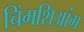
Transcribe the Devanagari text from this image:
चिंगशिआंग